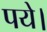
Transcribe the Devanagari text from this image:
पये।